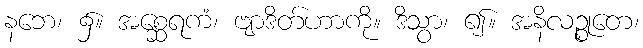
နဘေ၊ ၌။ အစ္ဆေရကံ၊ ဗျာဒိတ်ဟာကို။ ဒိသွာ၊ ၍။ အနိလဉ္စုတေ၊